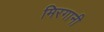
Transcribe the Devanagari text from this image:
मिरगानी